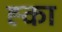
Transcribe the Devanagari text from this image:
ह्का